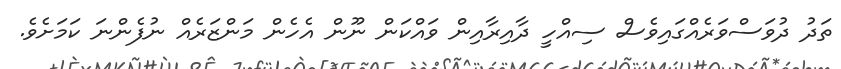
ތަދު ދުވަސްވަރެއްގައިވެސް ސިއްހީ ދާއިރާއިން ވައްކަން ނޫން އެހެން މަންޒަރެއް ނުފެންނަ ކަމަށެވެ.